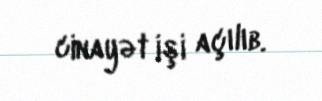
cinayət işi açılıb.